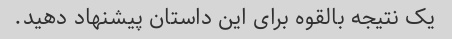
یک نتیجه بالقوه برای این داستان پیشنهاد دهید.